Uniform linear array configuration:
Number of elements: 32
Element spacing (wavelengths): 0.25
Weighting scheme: uniform
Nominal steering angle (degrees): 45
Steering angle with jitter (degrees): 45.295
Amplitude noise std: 0.05
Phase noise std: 0.05

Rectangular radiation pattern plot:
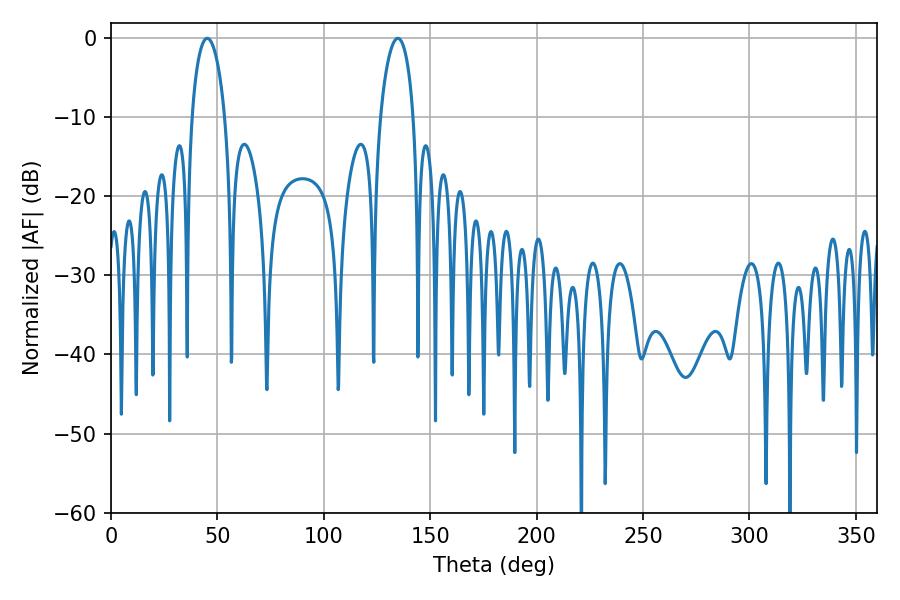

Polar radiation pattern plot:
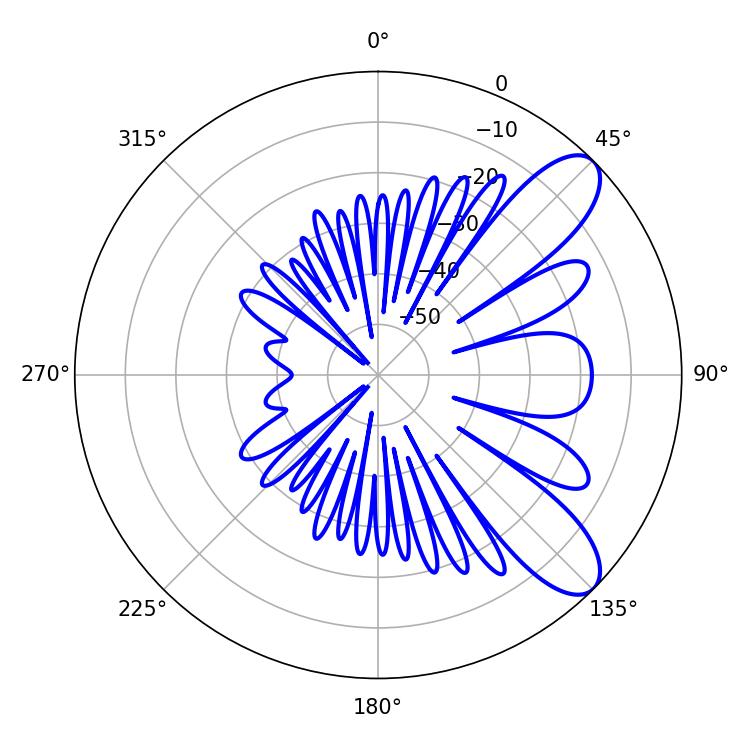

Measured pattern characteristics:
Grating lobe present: FALSE
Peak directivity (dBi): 9.012
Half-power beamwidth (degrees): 8.82
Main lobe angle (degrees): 45.18